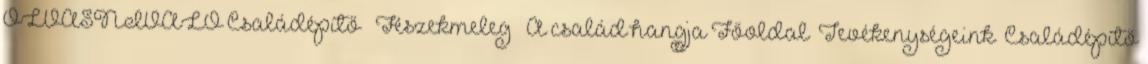
OLVASNIVALÓ Családépítő – Fészekmeleg – A család hangja Főoldal Tevékenységeink Családépítő